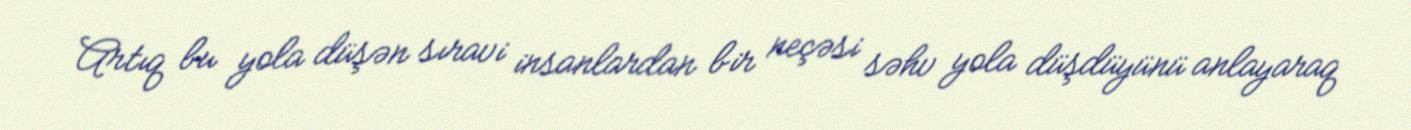
Artıq bu yola düşən sıravi insanlardan bir neçəsi səhv yola düşdüyünü anlayaraq